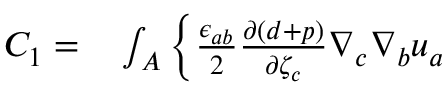
\begin{array} { r l } { C _ { 1 } = } & { { } \int _ { A } \left\{ \frac { \epsilon _ { a b } } { 2 } \frac { \partial ( d + p ) } { \partial { \zeta } _ { c } } \nabla _ { c } \nabla _ { b } { u } _ { a } \right. } \end{array}